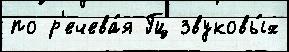
по р'ечева́я Гц звуковы́х